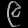
Digit: ၉